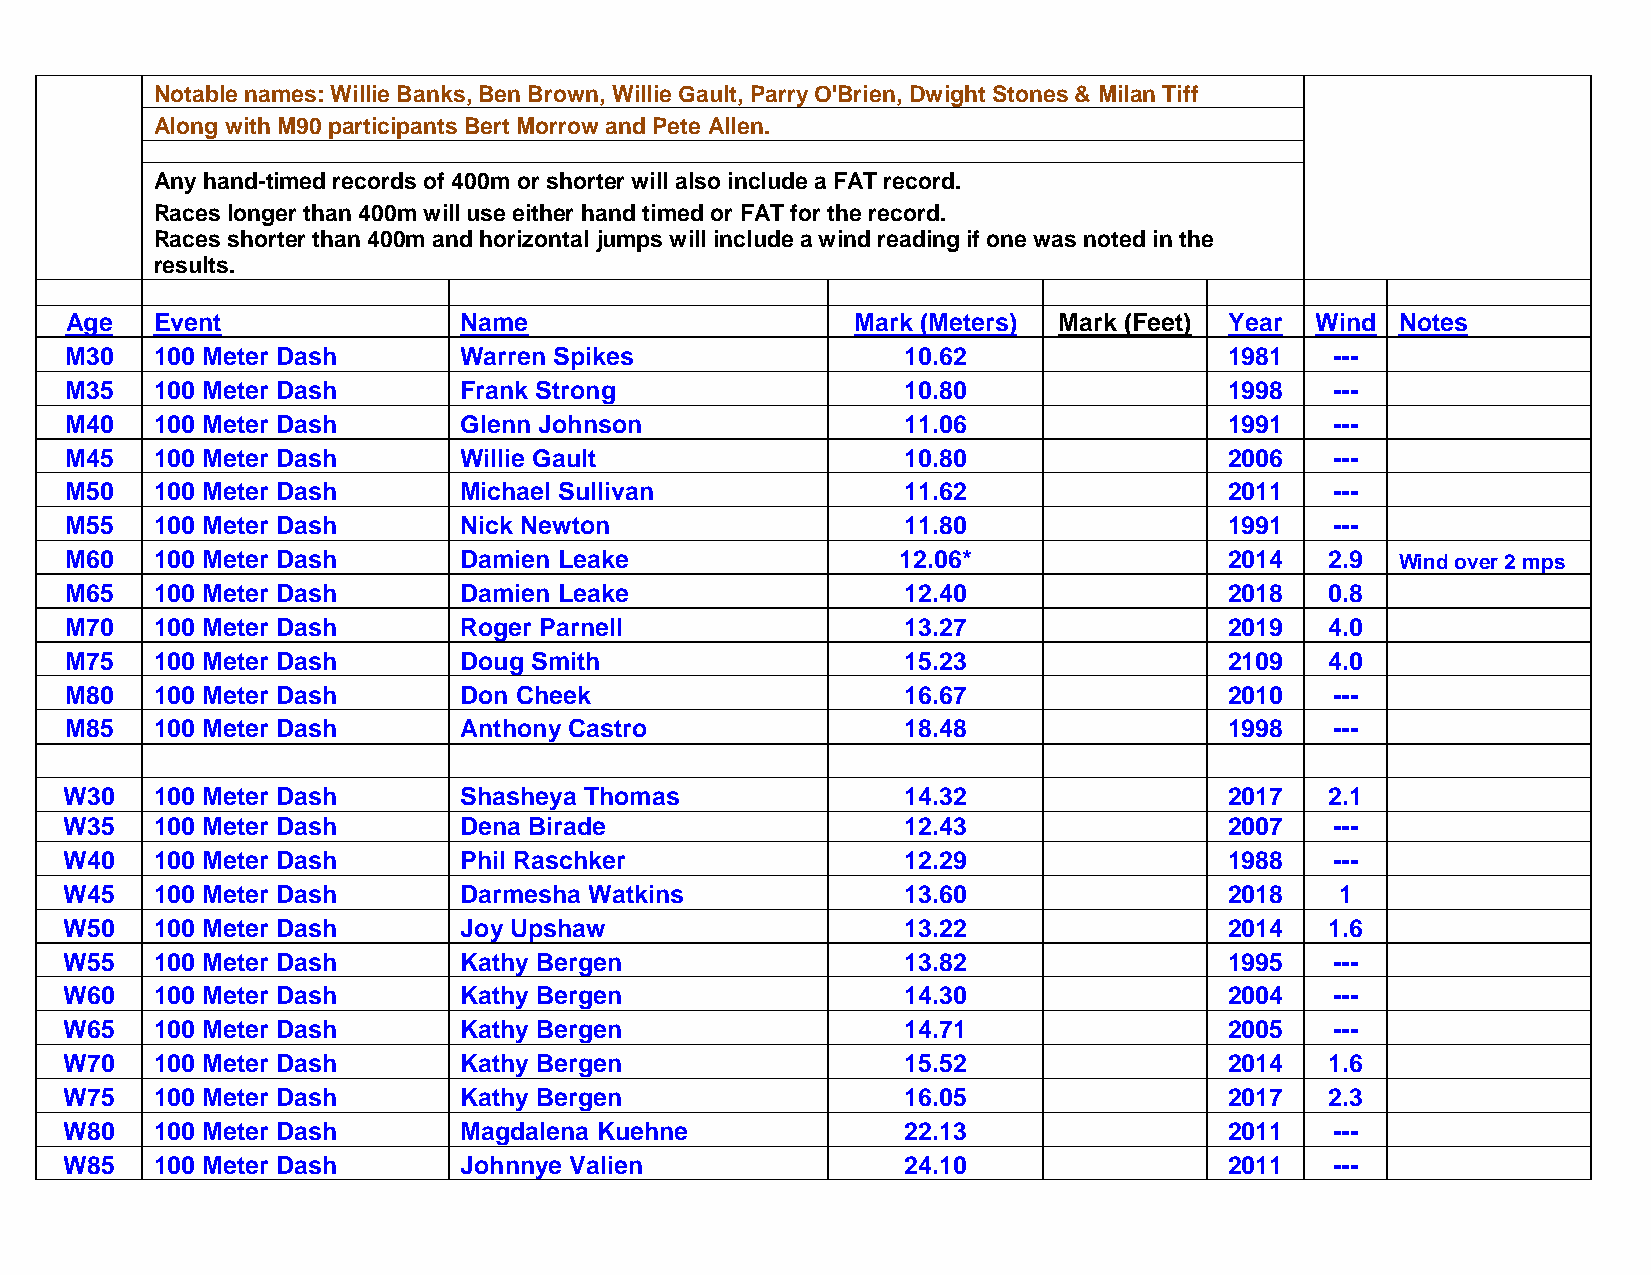
Notable names: Willie Banks, Ben Brown, Willie Gault, Parry O'Brien, Dwight Stones & Milan Tiff
 Along with M90 participants Bert Morrow and Pete Allen.
 Any hand-timed records of 400m or shorter will also include a FAT record.
 Races longer than 400m will use either hand timed or FAT for the record.
 Races shorter than 400m and horizontal jumps will include a wind reading if one was noted in the
 results.
 Ag e  Event               Name                       Mark (M eters) Mark ( Feet) Ye ar Wi nd Notes
 M30   100 Meter Dash      Warren Spikes                 10.62                1981   ---
 M35   100 Meter Dash      Frank Strong                  10.80                1998   ---
 M40   100 Meter Dash      Glenn Johnson                 11.06                1991   ---
 M45   100 Meter Dash      Willie Gault                  10.80                2006   ---
 M50   100 Meter Dash      Michael Sullivan              11.62                2011   ---
 M55   100 Meter Dash      Nick Newton                   11.80                1991   ---
 M60   100 Meter Dash      Damien Leake                 12.06*                2014   2.9  Wind ove r 2 mps
 M65   100 Meter Dash      Damien Leake                  12.40                2018   0.8
 M70   100 Meter Dash      Roger Parnell                 13.27                2019   4.0
 M75   100 Meter Dash      Doug Smith                    15.23                2109   4.0
 M80   100 Meter Dash      Don Cheek                     16.67                2010   ---
 M85   100 Meter Dash      Anthony Castro                18.48                1998   ---
 W30   100 Meter Dash      Shasheya Thomas               14.32                2017   2.1
 W35   100 Meter Dash      Dena Birade                   12.43                2007   ---
 W40   100 Meter Dash      Phil Raschker                 12.29                1988   ---
 W45   100 Meter Dash      Darmesha Watkins              13.60                2018    1
 W50   100 Meter Dash      Joy Upshaw                    13.22                2014   1.6
 W55   100 Meter Dash      Kathy Bergen                  13.82                1995   ---
 W60   100 Meter Dash      Kathy Bergen                  14.30                2004   ---
 W65   100 Meter Dash      Kathy Bergen                  14.71                2005   ---
 W70   100 Meter Dash      Kathy Bergen                  15.52                2014   1.6
 W75   100 Meter Dash      Kathy Bergen                  16.05                2017   2.3
 W80   100 Meter Dash      Magdalena Kuehne              22.13                2011   ---
 W85   100 Meter Dash      Johnnye Valien                24.10                2011   ---